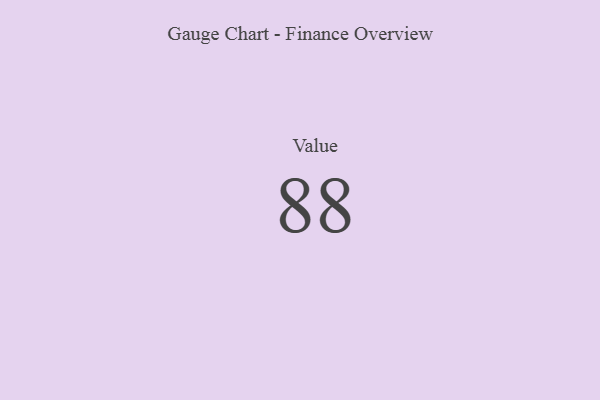
{"axis": {"x": "Metric", "y": "Value"}, "legend": [""], "data": [{"x": "Value", "y": 88, "type": ""}]}